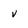
Character: v